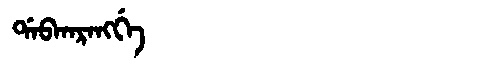
Manchu: ᡩᠠᠪᡴᠠᡵᠠᠩᡤᡝ
Romanization: DABKARANGGE